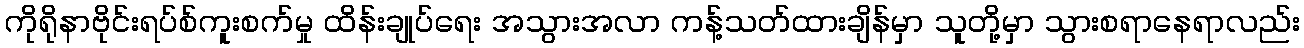
ကိုရိုနာဗိုင်းရပ်စ်ကူးစက်မှု ထိန်းချုပ်ရေး အသွားအလာ ကန့်သတ်ထားချိန်မှာ သူတို့မှာ သွားစရာနေရာလည်း